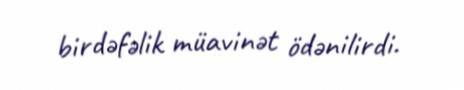
birdəfəlik müavinət ödənilirdi.